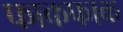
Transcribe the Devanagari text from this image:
फाकफाक